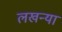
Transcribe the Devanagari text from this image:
लखन्या